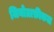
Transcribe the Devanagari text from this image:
जियोग्राफ़ीकल